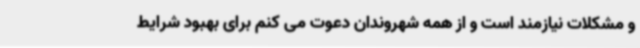
و مشکلات نیازمند است و از همه شهروندان دعوت می کنم برای بهبود شرایط